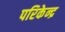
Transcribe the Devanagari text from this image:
परिकेन्द्र